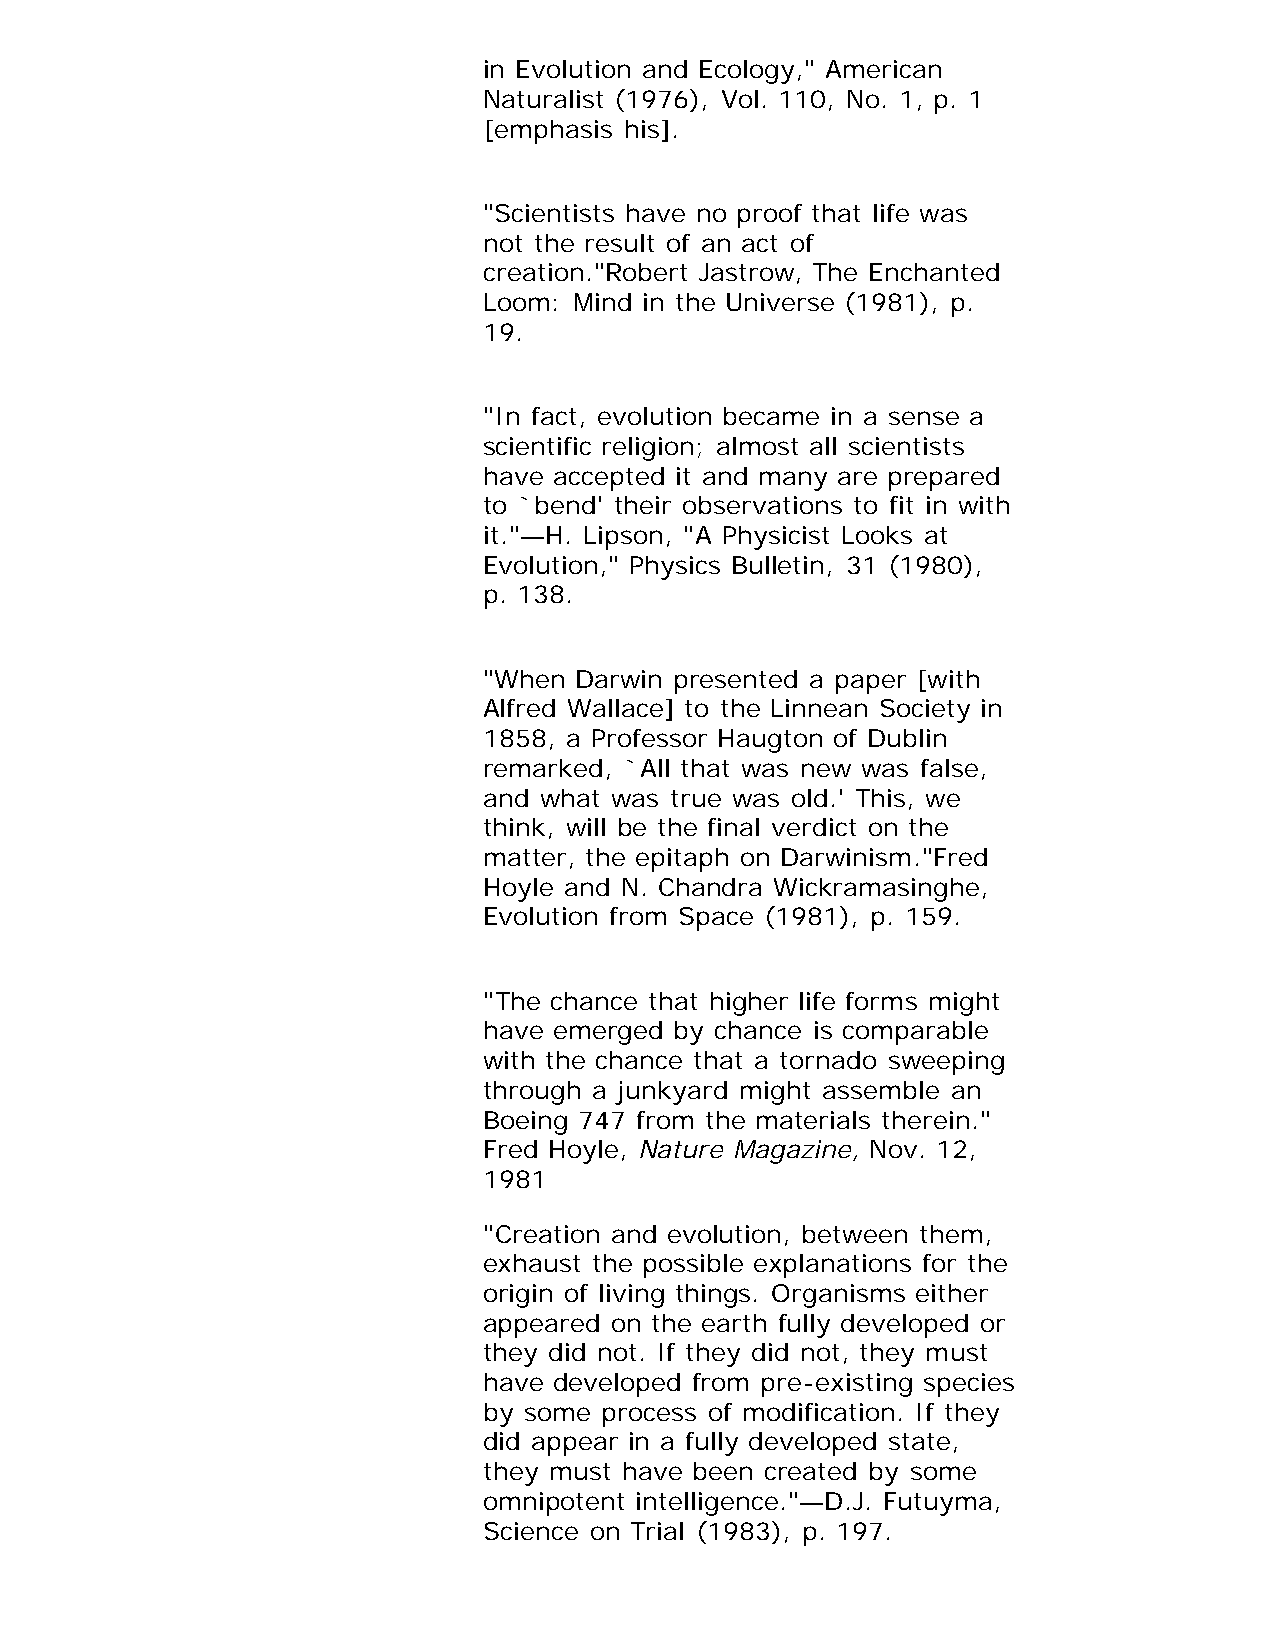
in Evolution and Ecology," American
 Naturalist (1976), Vol. 110, No. 1, p. 1
 [emphasis his].
 "Scientists have no proof that life was
 not the result of an act of
 creation."Robert Jastrow, The Enchanted
 Loom: Mind in the Universe (1981), p.
 19.
 "In fact, evolution became in a sense a
 scientific religion; almost all scientists
 have accepted it and many are prepared
 to `bend' their observations to fit in with
 it."—H. Lipson, "A Physicist Looks at
 Evolution," Physics Bulletin, 31 (1980),
 p. 138.
 "When Darwin presented a paper [with
 Alfred Wallace] to the Linnean Society in
 1858, a Professor Haugton of Dublin
 remarked, `All that was new was false,
 and what was true was old.' This, we
 think, will be the final verdict on the
 matter, the epitaph on Darwinism."Fred
 Hoyle and N. Chandra Wickramasinghe,
 Evolution from Space (1981), p. 159.
 "The chance that higher life forms might
 have emerged by chance is comparable
 with the chance that a tornado sweeping
 through a junkyard might assemble an
 Boeing 747 from the materials therein."
 Fred Hoyle, Nature Magazine, Nov. 12,
 1981
 "Creation and evolution, between them,
 exhaust the possible explanations for the
 origin of living things. Organisms either
 appeared on the earth fully developed or
 they did not. If they did not, they must
 have developed from pre-existing species
 by some process of modification. If they
 did appear in a fully developed state,
 they must have been created by some
 omnipotent intelligence."—D.J. Futuyma,
 Science on Trial (1983), p. 197.